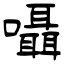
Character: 囁